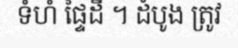
ទំហំ ផ្ទៃដី ។ ដំបូង ត្រូវ